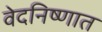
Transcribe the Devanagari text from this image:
वेदनिष्णात